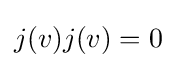
j(v)j(v)=0